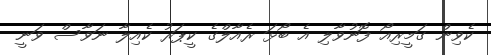
ކެވިން ގަމީރިއޯ ފޮނުވާލި އެ ބޯޅަ ރެއާލްގެ ކީޕަރު ކެއިލާ ނަވާސް ވަނީ